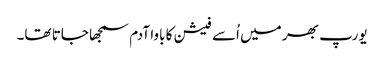
یورپ بھر میں اُسے فیشن کا باوا آدم سمجھا جاتا تھا۔